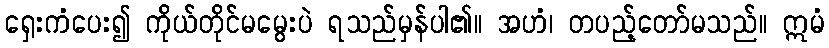
ရှေးကံပေး၍ ကိုယ်တိုင်မမွေးပဲ ရသည်မှန်ပါ၏။ အဟံ၊ တပည့်တော်မသည်။ ဣမံ